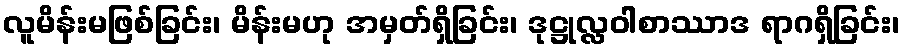
လူမိန်းမဖြစ်ခြင်း၊ မိန်းမဟု အမှတ်ရှိခြင်း၊ ဒုဋ္ဌုလ္လဝါစာဿာဒ ရာဂရှိခြင်း၊